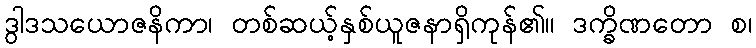
ဒွါဒသယောဇနိကာ၊ တစ်ဆယ့်နှစ်ယူဇနာရှိကုန်၏။ ဒက္ခိဏတော စ၊